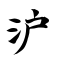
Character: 沪